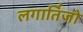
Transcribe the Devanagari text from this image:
लगार्तिजो